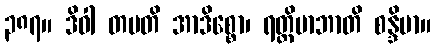
၃၈၇။ ဒိဝါ တပတိ အာဒိစ္စော၊ ရတ္တိမာဘာတိ စန္ဒိမာ။